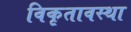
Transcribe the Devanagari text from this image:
विकृतावस्था